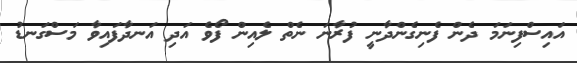
އައިސްފިނަމަ ދެން ފެނިގެންދާނީ ފުރާނަ ނެތް ލެއިން ފޯވެ އަދި އަނދާފައިވާ މަސްގަނޑު